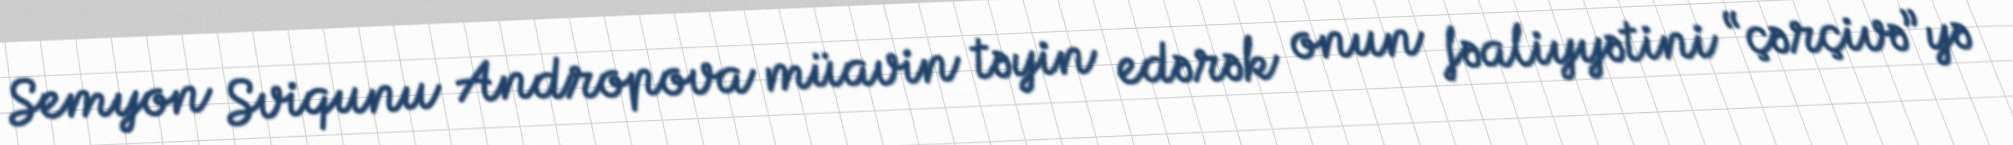
Semyon Sviqunu Andropova müavin təyin edərək onun fəaliyyətini “çərçivə”yə